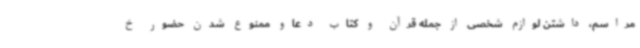
مراسم، داشتن لوازم شخصی از جمله قرآن و کتاب دعاو ممنوع شدن حضور خ